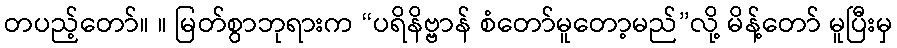
တပည့်တော်။ ။ မြတ်စွာဘုရားက “ပရိနိဗ္ဗာန် စံတော်မူတော့မည်”လို့ မိန့်တော် မူပြီးမှ